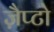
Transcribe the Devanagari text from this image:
ज़ैप्टो